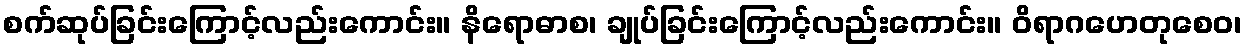
စက်ဆုပ်ခြင်းကြောင့်လည်းကောင်း။ နိရောဓာစ၊ ချုပ်ခြင်းကြောင့်လည်းကောင်း။ ဝိရာဂဟေတုစေဝ၊